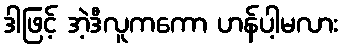
ဒါဖြင့် အဲ့ဒီလူကကော ဟန်ပါ့မလား